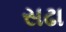
સઢા